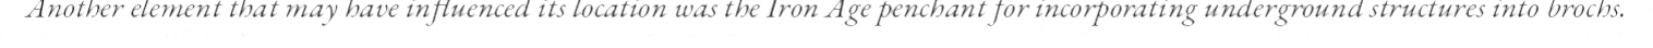
Another element that may have influenced its location was the Iron Age penchant for incorporating underground structures into brochs.